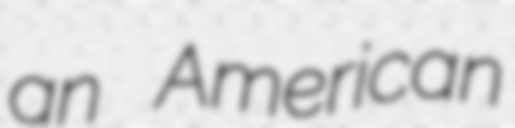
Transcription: an American